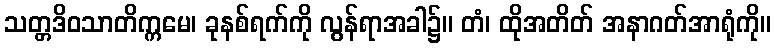
သတ္တဒိဝသာတိက္ကမေ၊ ခုနစ်ရက်ကို လွန်ရာအခါ၌။ တံ၊ ထိုအတိတ် အနာဂတ်အာရုံကို။